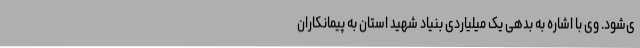
ی‌شود. وی با اشاره به بدهی یک میلیاردی بنیاد شهید استان به پیمانکاران